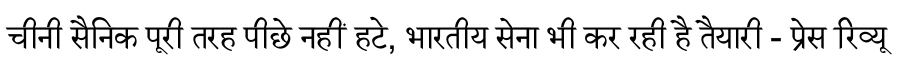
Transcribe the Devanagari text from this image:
चीनी सैनिक पूरी तरह पीछे नहीं हटे, भारतीय सेना भी कर रही है तैयारी - प्रेस रिव्यू